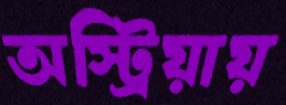
অস্ট্রিয়ায়